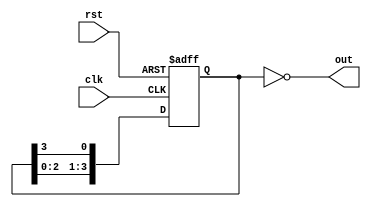
module johnson_counter(
    input rst, // reset signal
    input clk, // clock signal
    output reg [3:0] out // output signal
);

reg [3:0] q; // internal state variable

always @(posedge clk or posedge rst)
begin
    if(rst)
        q <= 4'b0001; // initial state
    else
        begin
            // shift the bits
            q <= {q[2:0], q[3]};
        end
end

assign out = ~q; // inverted output

endmodule